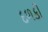
દળકી